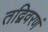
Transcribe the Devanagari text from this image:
तद्विवरणं